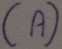
Text: (A)